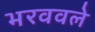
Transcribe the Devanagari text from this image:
भरववले